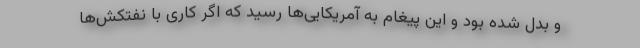
و بدل شده بود و این پیغام به آمریکایی‌ها رسید که اگر کاری با نفتکش‌ها